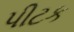
પીટક